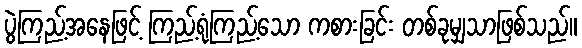
ပွဲကြည့်အနေဖြင့် ကြည့်ရုံကြည့်သော ကစားခြင်း တစ်ခုမျှသာဖြစ်သည်။